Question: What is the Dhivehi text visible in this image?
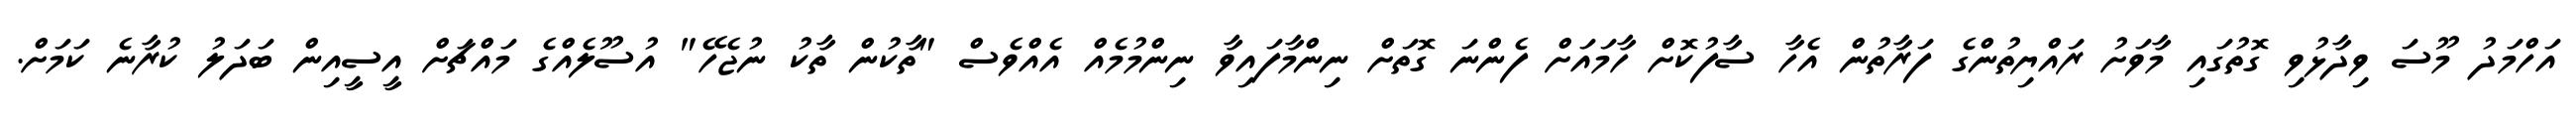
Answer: އަހްމަދު މޫސަ ވިދާޅުވި ގޮތުގައި މާވަށު ރައްޔިތުންގެ ފަރާތުން އެހާ ސާފުކޮށް ހާމައަށް ފެންނަ ގޮތަށް ނިންމާފައިވާ ނިންމުމެއް އެއްވެސް "ތާކުން ތާކު ނުޖެހޭ" އުސޫލެއްގެ މައްޗަށް އީސީއިން ބަދަލު ކުރާނެ ކަމަށް.